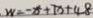
W = - x + 7 x + 4 8